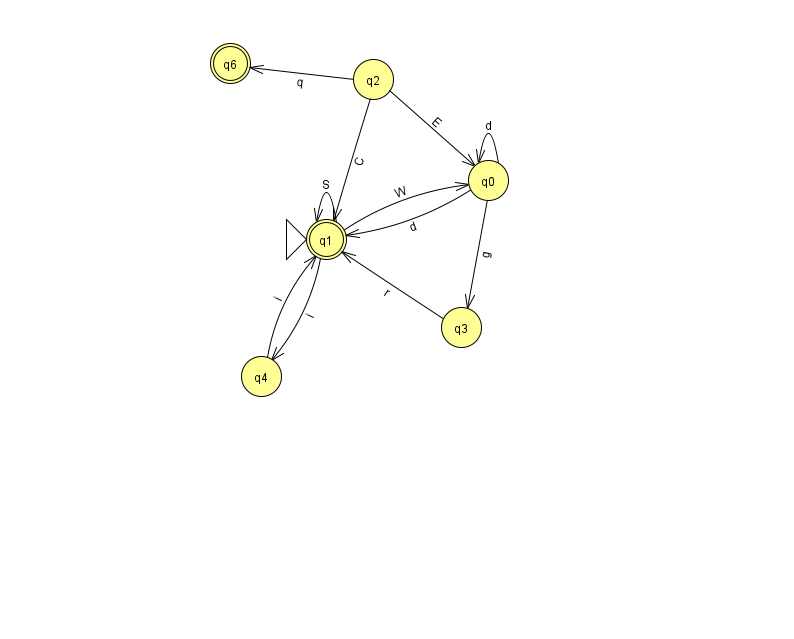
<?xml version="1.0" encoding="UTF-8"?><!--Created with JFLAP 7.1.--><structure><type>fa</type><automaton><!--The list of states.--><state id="0" name="q0"><x>488.0</x><y>167.0</y></state><state id="1" name="q1"><x>326.0</x><y>226.0</y><initial/><final/></state><state id="2" name="q2"><x>373.0</x><y>66.0</y></state><state id="3" name="q3"><x>461.0</x><y>314.0</y></state><state id="4" name="q4"><x>261.0</x><y>363.0</y></state><state id="6" name="q6"><x>230.0</x><y>50.0</y><final/></state><!--The list of transitions.--><transition><from>1</from><to>0</to><read>W</read></transition><transition><from>3</from><to>1</to><read>r</read></transition><transition><from>0</from><to>3</to><read>g</read></transition><transition><from>1</from><to>4</to><read>i</read></transition><transition><from>4</from><to>1</to><read>i</read></transition><transition><from>0</from><to>1</to><read>d</read></transition><transition><from>1</from><to>1</to><read>S</read></transition><transition><from>2</from><to>6</to><read>q</read></transition><transition><from>0</from><to>0</to><read>d</read></transition><transition><from>2</from><to>0</to><read>E</read></transition><transition><from>2</from><to>1</to><read>C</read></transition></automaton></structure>